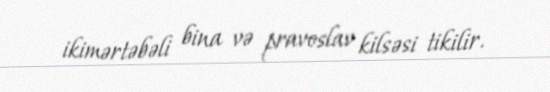
ikimərtəbəli bina və pravoslav kilsəsi tikilir.